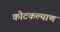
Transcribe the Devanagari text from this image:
कोटकल्याण